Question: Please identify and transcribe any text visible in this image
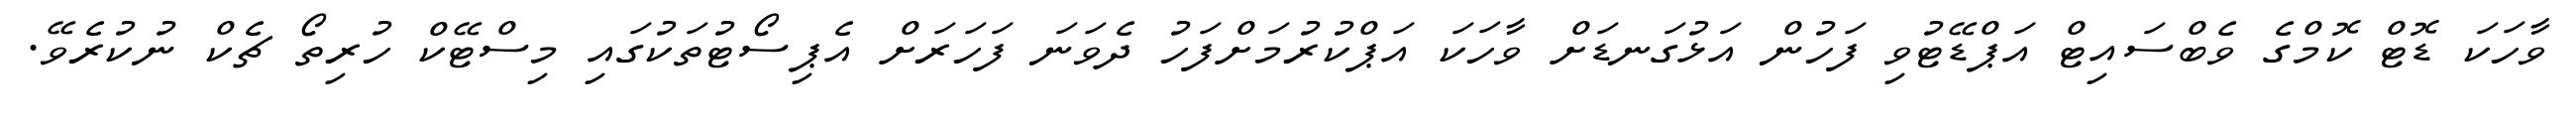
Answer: ވާހަކަ ޑޮޓް ކޮމްގެ ވެބްސައިޓް އަޕްޑޭޓުވި ފަހުން އަޅުގަނޑަށް ވާހަކަ އަޕްކުރުމަށްފަހު ދެވަނަ ފަހަރަށް އެޕިސޯޓުތަކުގައި މިސްޓޭކް ހުރިތޯ ޗެކް ނުކުރެވޭ.